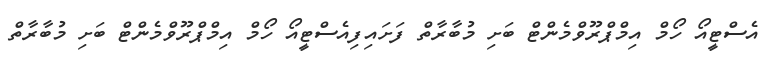
އެސްޓީއޯ ހޯމް އިމްޕްރޫވްމެންޓް ބަށި މުބާރާތް ފަށައިފިއެސްޓީއޯ ހޯމް އިމްޕްރޫވްމެންޓް ބަށި މުބާރާތް